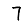
Digit: 7